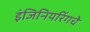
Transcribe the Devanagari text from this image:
इंजिनियरिंगचे